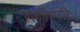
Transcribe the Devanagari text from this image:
रसनिष्पत्तिः।